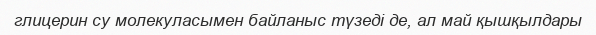
глицерин су молекуласымен байланыс түзеді де, ал май қышқылдары